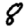
Digit: 8